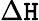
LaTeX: \Delta\mathtt{H}